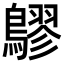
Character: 𪅡